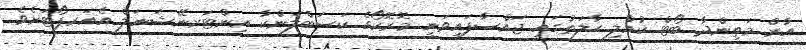
އާރް މަތިންދާ ބޯޓް ކުއްލި ޙާލަތުގައި ޖައްސާފައިވަނީ މޮރޮކޯގެ ކަސަބްލަންކާ އިންޓަރނޭޝަނަލް އެއަރޕޯޓަށެވެ.